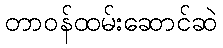
တာဝန်ထမ်းဆောင်ဆဲ